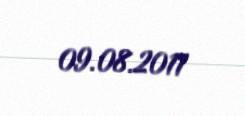
09.08.2011